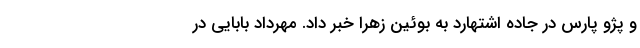
و پژو پارس در جاده اشتهارد به بوئین زهرا خبر داد. مهرداد بابایی در